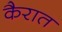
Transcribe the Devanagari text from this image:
कैरात